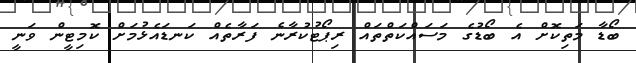
ބޯޑާ މަތިކޮށް އެ ބޯޑުގެ މަސައްކަތްތައް ރިޕޯޓުކުރާނެ ފަރާތެއް ކަނޑައެޅުމަށް ކޮމިޓީން ވަނީ